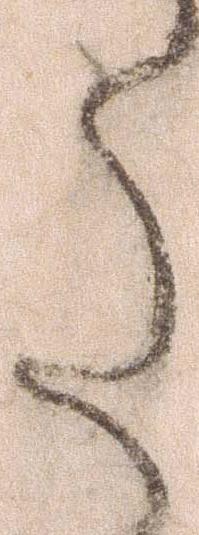
た